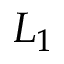
L _ { 1 }